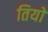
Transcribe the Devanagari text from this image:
तियों